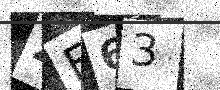
Text: ZE63